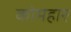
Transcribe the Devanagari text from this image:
कोमहार